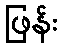
ဖြန်း